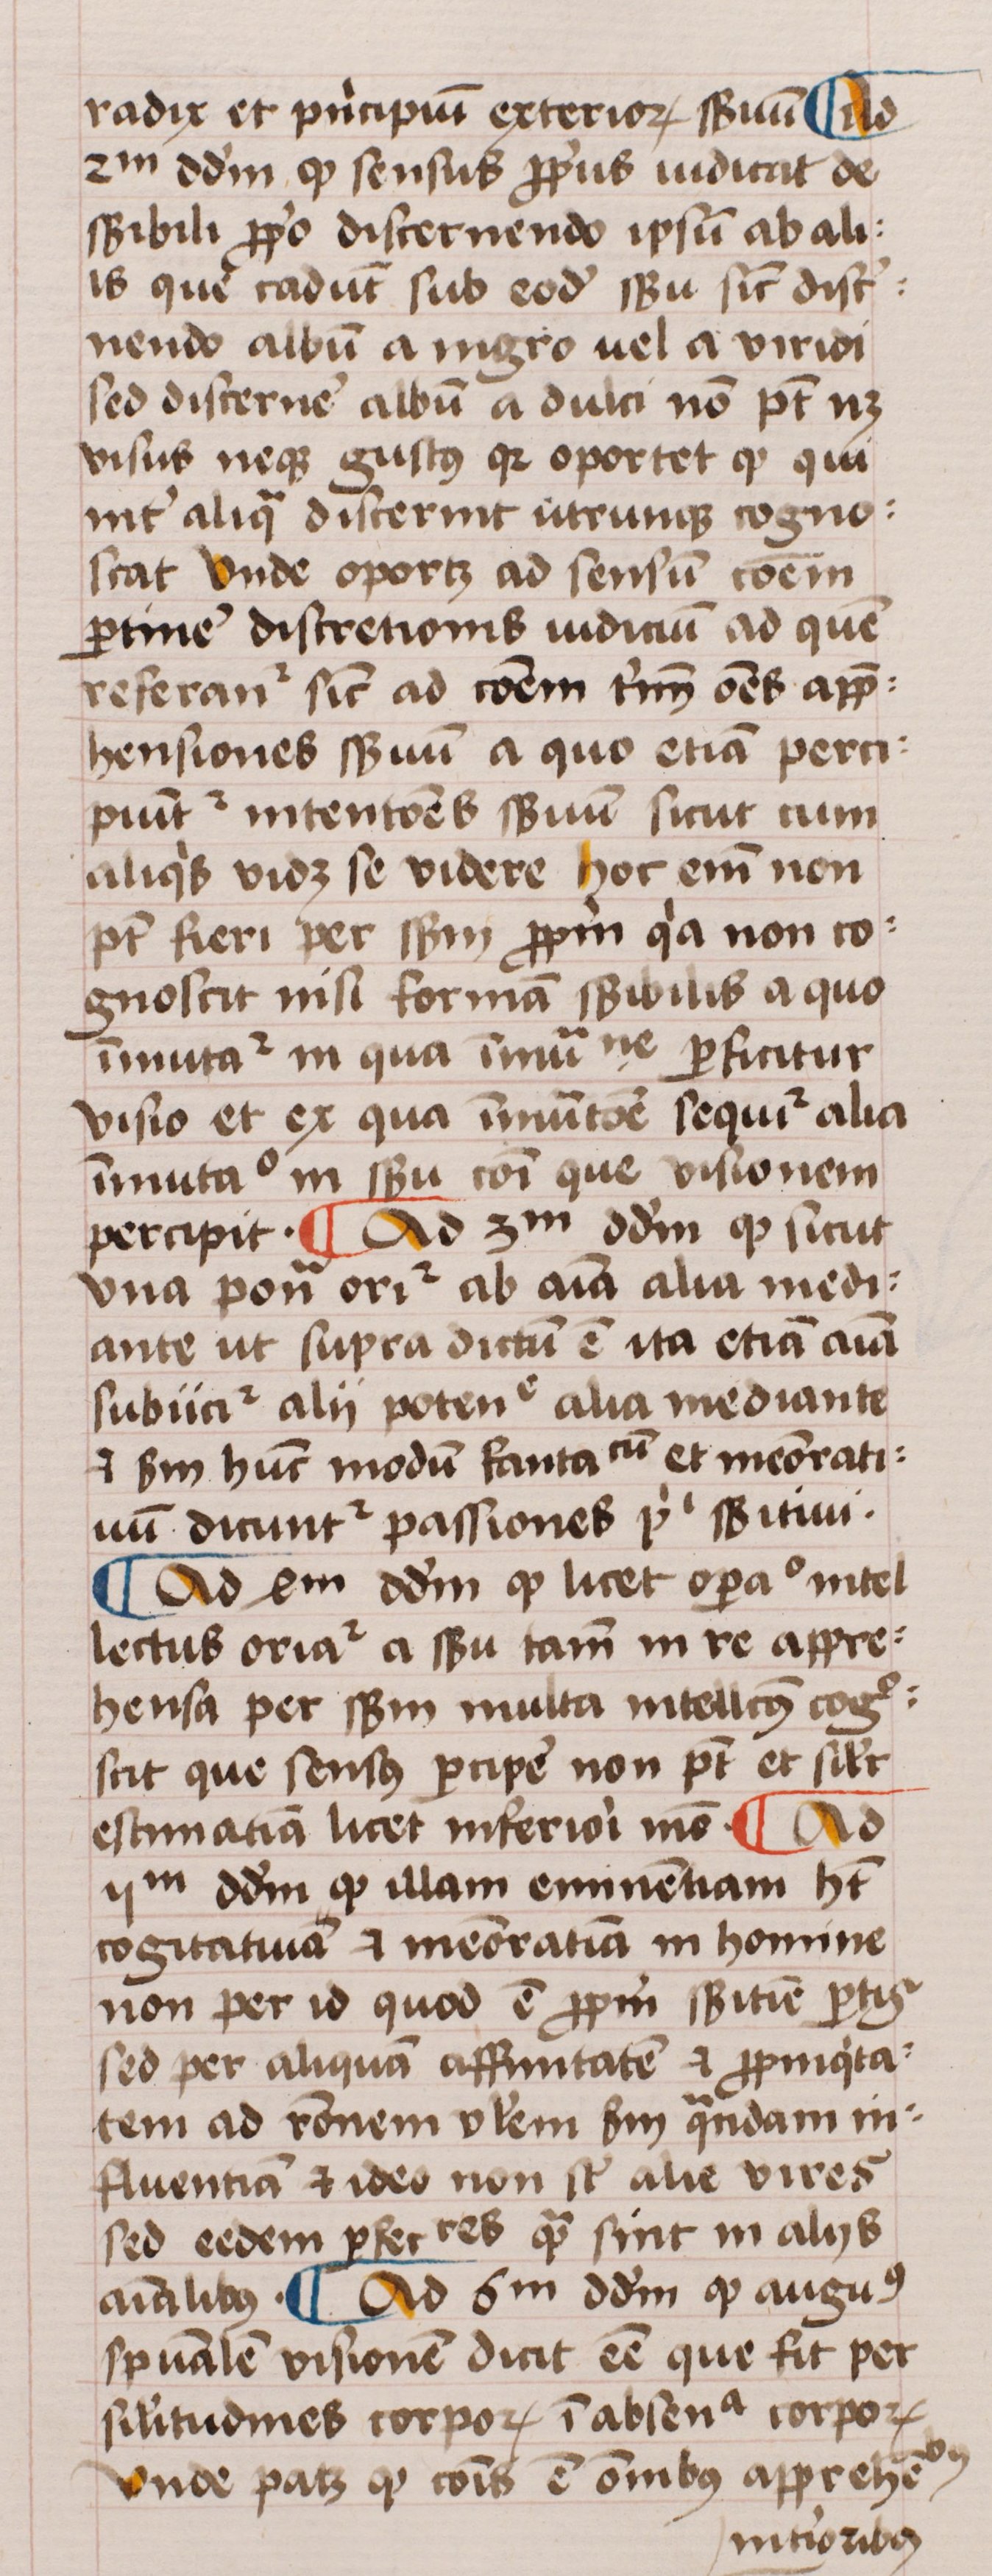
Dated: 1450–1474